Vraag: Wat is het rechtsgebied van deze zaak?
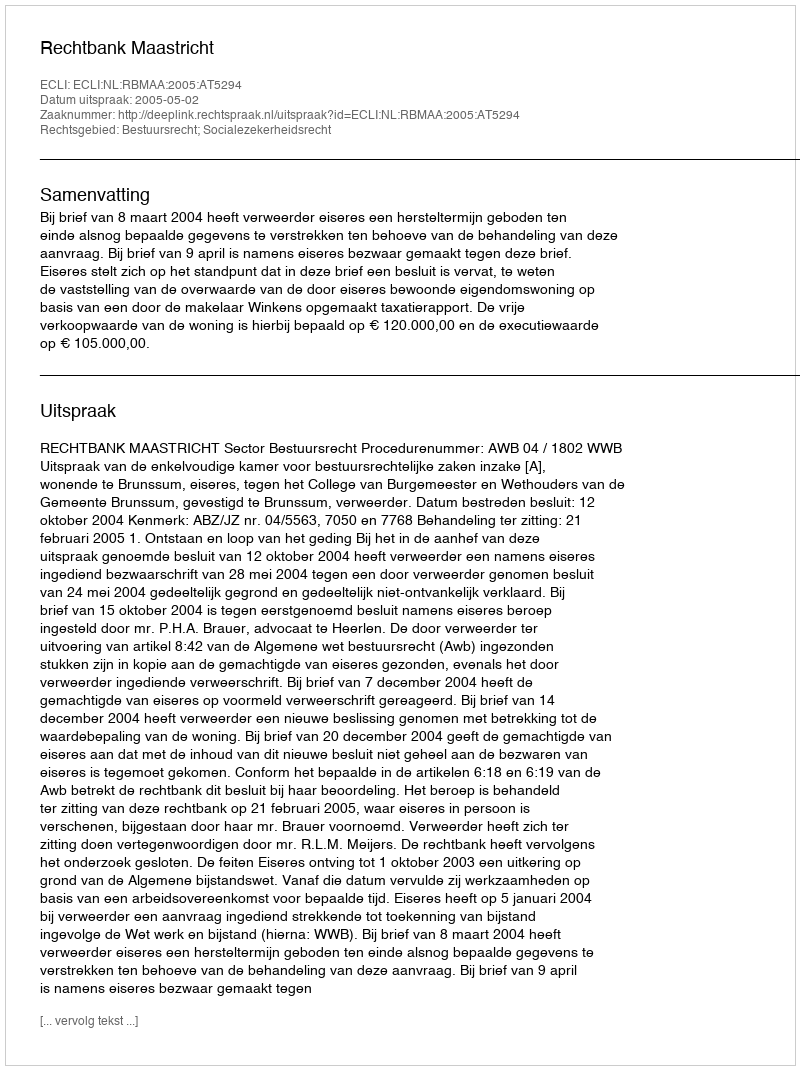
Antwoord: Bestuursrecht; Socialezekerheidsrecht